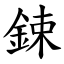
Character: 鋉